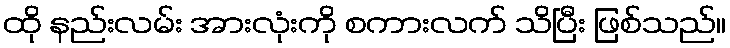
ထို နည်းလမ်း အားလုံးကို စကားလက် သိပြီး ဖြစ်သည်။